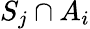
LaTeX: S_{j}\cap A_{i}